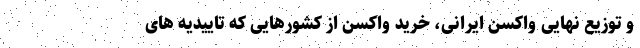
و توزیع نهایی واکسن ایرانی، خرید واکسن از کشورهایی که تاییدیه های